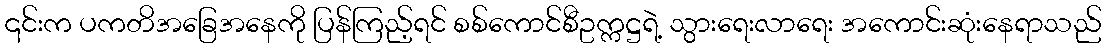
၎င်းက ပကတိအခြေအနေကို ပြန်ကြည့်ရင် စစ်ကောင်စီဥက္ကဋ္ဌရဲ့ သွားရေးလာရေး အကောင်းဆုံးနေရာသည်